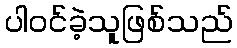
ပါဝင်ခဲ့သူဖြစ်သည်